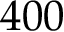
4 0 0